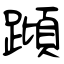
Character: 蹞